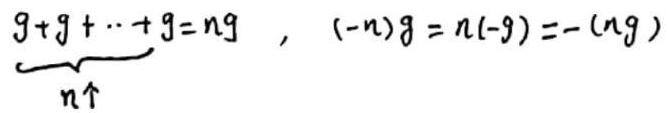
$\underbrace{g + g + \cdots + g}_{n个}=ng\ ,\ (-n)g = n(-g)=-(ng)$